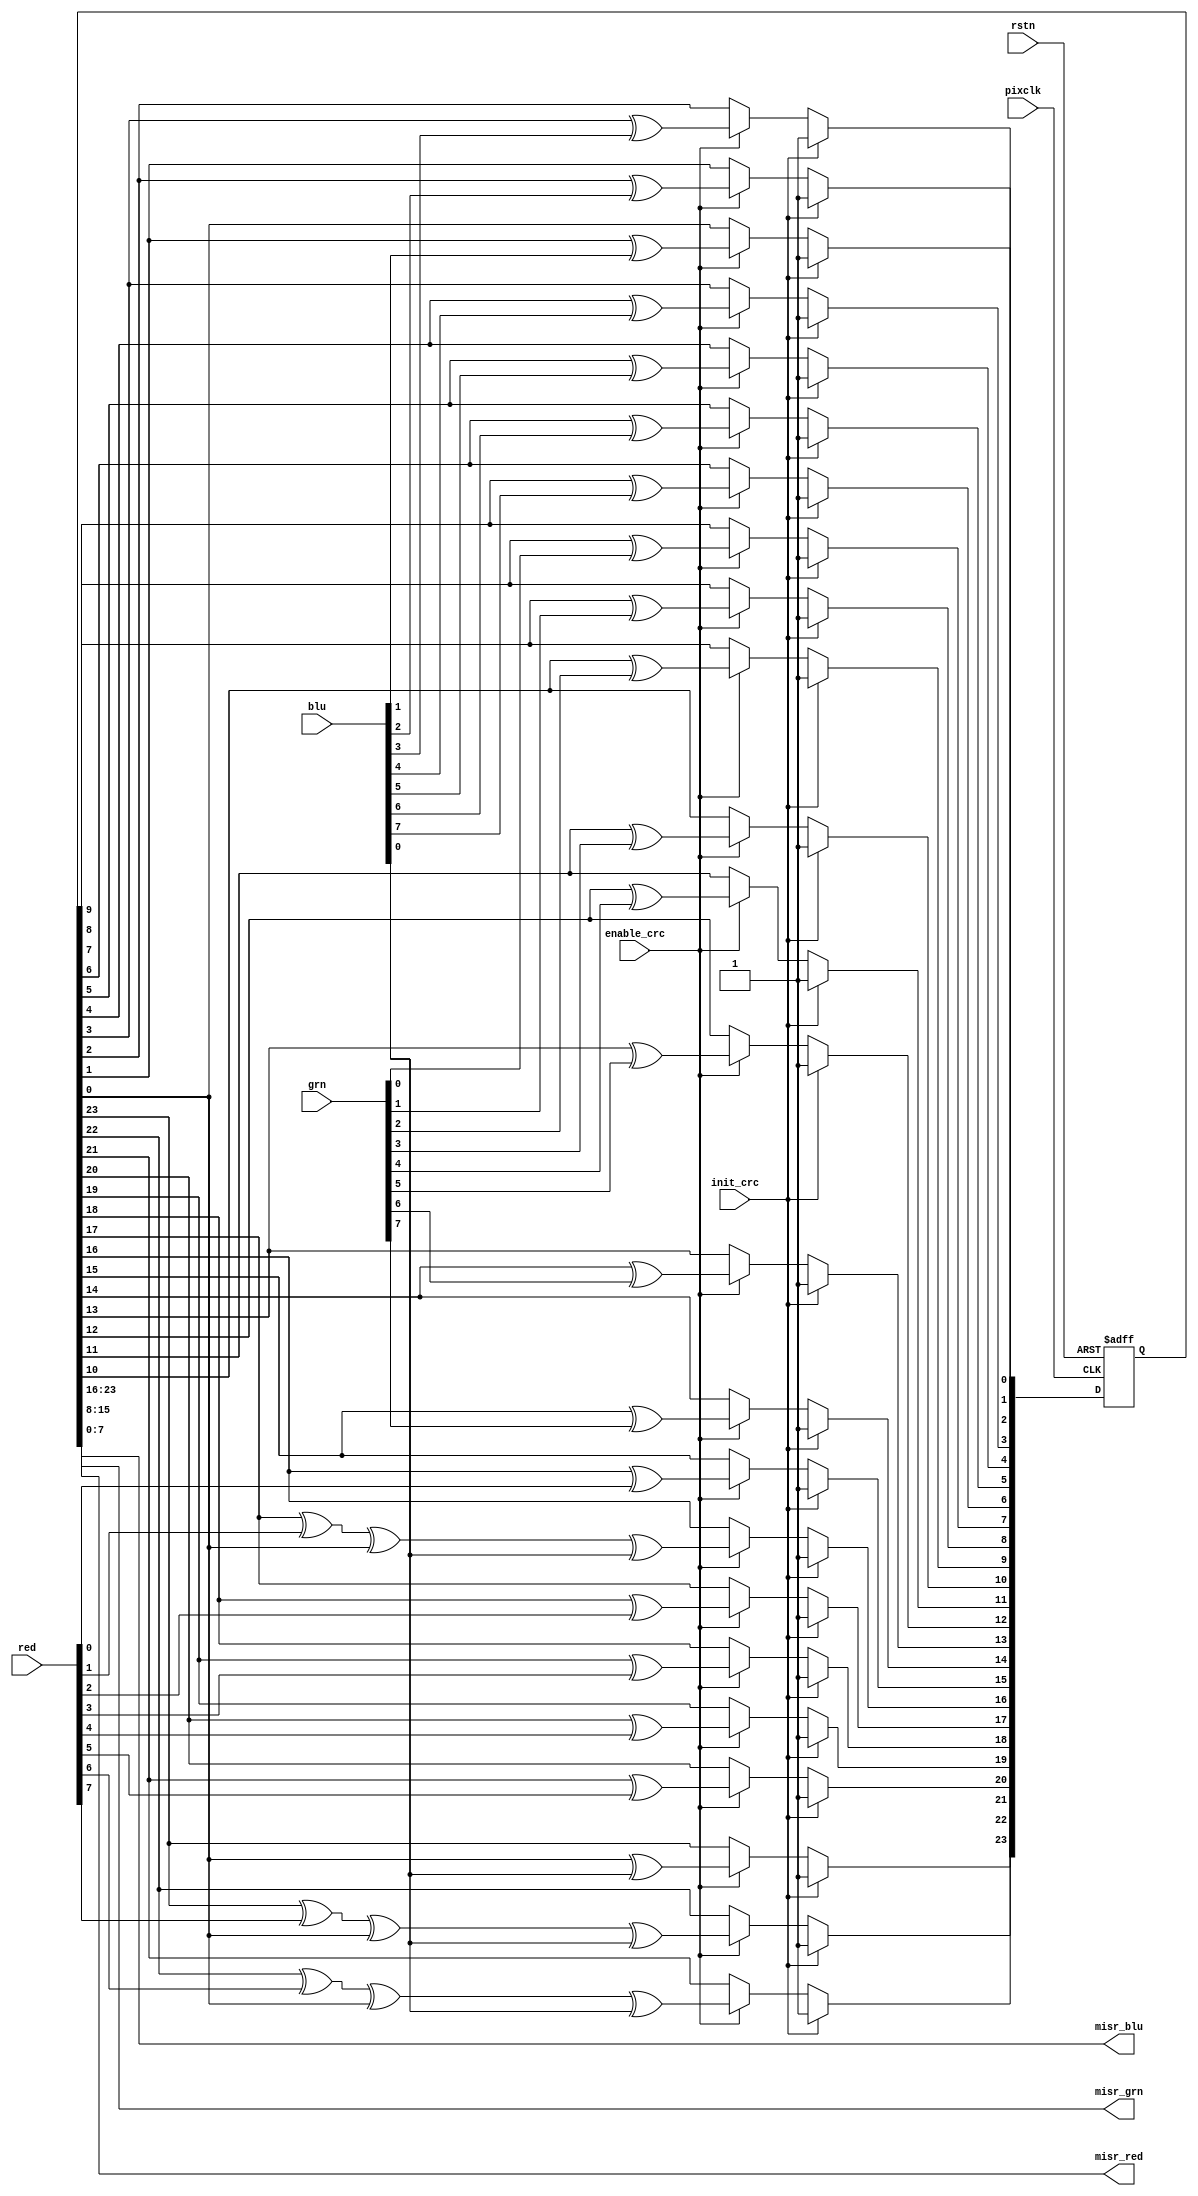
module crcx
	(
	input		pixclk,
	input		rstn,
	input		enable_crc,
	input		init_crc,
	input	[7:0]	red,
	input	[7:0]	grn,
	input	[7:0]	blu,

	output	[7:0]	misr_red,
	output	[7:0]	misr_grn,
	output	[7:0]	misr_blu
	);

reg[23:0] crc_out;

wire[23:0] crc_in ;

assign crc_in[23:16] = red[7:0] ;
assign crc_in[15: 8] = grn[7:0] ;
assign crc_in[ 7: 0] = blu[7:0] ;

     always @(posedge pixclk or negedge rstn)
        if (!rstn)
           begin     crc_out[23:0] <=  24'hFFFFFF; end
        else begin
         if (init_crc)
                 crc_out[23:0] <=  24'hFFFFFF;
         else if (enable_crc)
             begin
              crc_out[0]  <= crc_out[1]  ^ crc_in[1];
              crc_out[1]  <= crc_out[2]  ^ crc_in[2];
              crc_out[2]  <= crc_out[3]  ^ crc_in[3];
              crc_out[3]  <= crc_out[4]  ^ crc_in[4];
              crc_out[4]  <= crc_out[5]  ^ crc_in[5];
              crc_out[5]  <= crc_out[6]  ^ crc_in[6];
              crc_out[6]  <= crc_out[7]  ^ crc_in[7];
              crc_out[7]  <= crc_out[8]  ^ crc_in[8];
              crc_out[8]  <= crc_out[9]  ^ crc_in[9];
              crc_out[9]  <= crc_out[10] ^ crc_in[10];
              crc_out[10] <= crc_out[11] ^ crc_in[11];
              crc_out[11] <= crc_out[12] ^ crc_in[12];
              crc_out[12] <= crc_out[13] ^ crc_in[13];
              crc_out[13] <= crc_out[14] ^ crc_in[14];
              crc_out[14] <= crc_out[15] ^ crc_in[15];
              crc_out[15] <= crc_out[16] ^ crc_in[16];
              crc_out[16] <= crc_out[17] ^ crc_in[17] ^ crc_out[0] ^crc_in[0];
              crc_out[17] <= crc_out[18] ^ crc_in[18];
              crc_out[18] <= crc_out[19] ^ crc_in[19];
              crc_out[19] <= crc_out[20] ^ crc_in[20];
              crc_out[20] <= crc_out[21] ^ crc_in[21];
              crc_out[21] <= crc_out[22] ^ crc_in[22] ^ crc_out[0] ^ crc_in[0];
              crc_out[22] <= crc_out[23] ^ crc_in[23] ^ crc_out[0] ^ crc_in[0];
              crc_out[23] <= crc_out[0]  ^ crc_in[0];
             end
        end



assign  misr_red[7:0] = crc_out[23:16];
assign  misr_grn[7:0] = crc_out[15:8];
assign  misr_blu[7:0] = crc_out[7:0];

endmodule